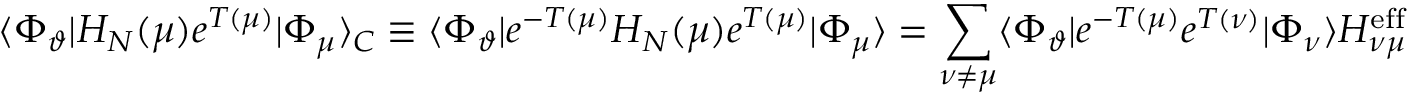
\langle \Phi _ { \vartheta } | H _ { N } ( \mu ) e ^ { T ( \mu ) } | \Phi _ { \mu } \rangle _ { C } \equiv \langle \Phi _ { \vartheta } | e ^ { - T ( \mu ) } H _ { N } ( \mu ) e ^ { T ( \mu ) } | \Phi _ { \mu } \rangle = \sum _ { \nu \neq \mu } \langle \Phi _ { \vartheta } | e ^ { - T ( \mu ) } e ^ { T ( \nu ) } | \Phi _ { \nu } \rangle H _ { \nu \mu } ^ { \mathrm { e f f } }